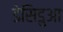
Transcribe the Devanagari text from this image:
डेसिडुआ